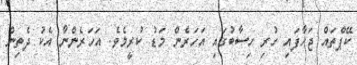
ކޭޕްތައް ޖަހާފައި ހުރި ހިސާބުގައި އަހަރެން މަޑު ކުރީމެވެ. އަހަރެންނާ އެކު ދެތިން